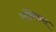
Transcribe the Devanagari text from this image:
लंब्रिकस